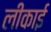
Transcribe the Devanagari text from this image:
लीकाई